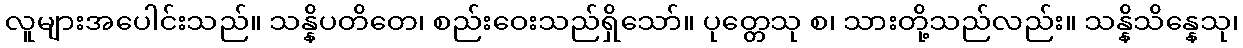
လူများအပေါင်းသည်။ သန္နိပတိတေ၊ စည်းဝေးသည်ရှိသော်။ ပုတ္တေသု စ၊ သားတို့သည်လည်း။ သန္နိသိန္နေသု၊